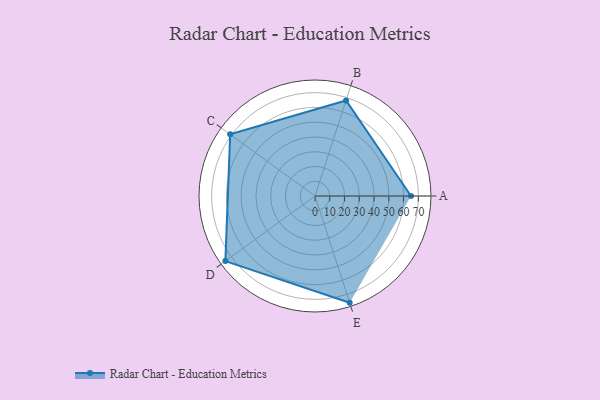
{"axis": {"x": "Skill", "y": "Score"}, "legend": ["Profile"], "data": [{"x": "A", "y": 65.0, "type": "Profile"}, {"x": "B", "y": 68.0, "type": "Profile"}, {"x": "C", "y": 71.0, "type": "Profile"}, {"x": "D", "y": 75.0, "type": "Profile"}, {"x": "E", "y": 76.0, "type": "Profile"}]}